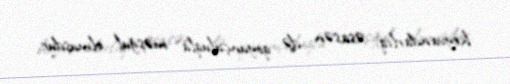
heyvandarlıq, əsasən də qoyunçuluqla məşğul olmuşdur.